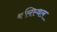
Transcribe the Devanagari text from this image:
बलिस्थल